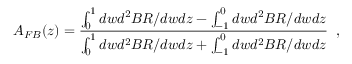
A _ { F B } ( z ) = \frac { \int _ { 0 } ^ { 1 } d w d ^ { 2 } B R / d w d z - \int _ { - 1 } ^ { 0 } d w d ^ { 2 } B R / d w d z } { \int _ { 0 } ^ { 1 } d w d ^ { 2 } B R / d w d z + \int _ { - 1 } ^ { 0 } d w d ^ { 2 } B R / d w d z } \; \; ,